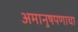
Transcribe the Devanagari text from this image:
अमानुषपणाचा